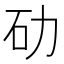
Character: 劯